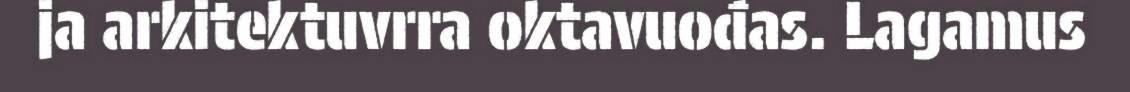
ja arkitektuvrra oktavuođas. Lagamus